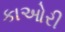
કાઓરી